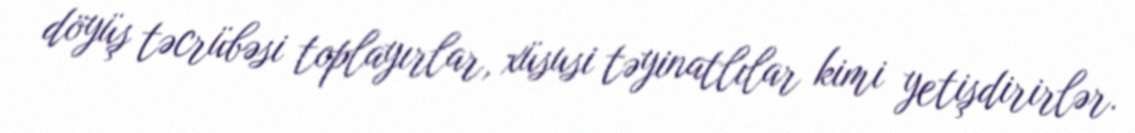
döyüş təcrübəsi toplayırlar, xüsusi təyinatlılar kimi yetişdirirlər.